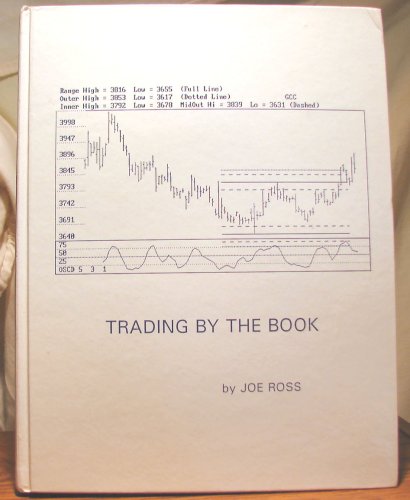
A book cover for Trading By The Book; Joe Ross; Business & Money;